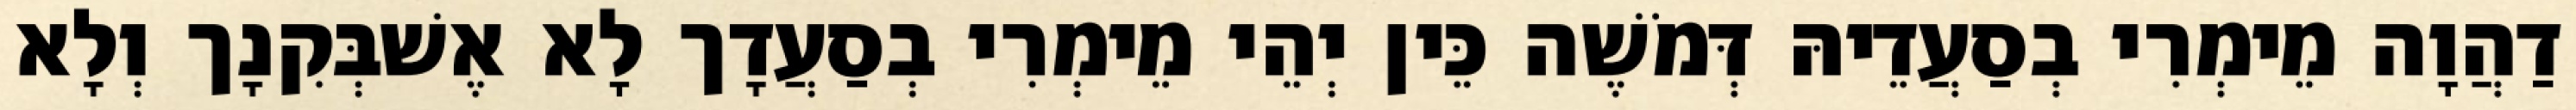
דַהֲוָה מֵימְרִי בְסַעֲדֵיהּ דְּמֹשֶׁה כֵּין יְהֵי מֵימְרִי בְסַעֲדָך לָא אֶשׁבְּקִנָך וְלָא